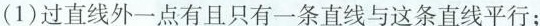
(1)过直线外一点有且只有一条直线与这条直线平行；